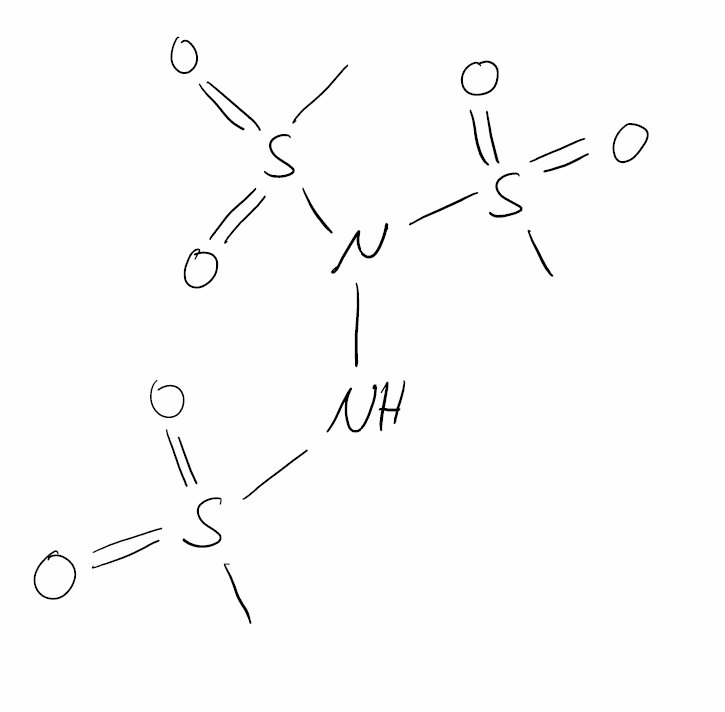
Simplified molecular-input line-entry system (SMILES) notation of the given molecule:
CS(=O)(=O)NN(S(=O)(=O)C)S(=O)(=O)C